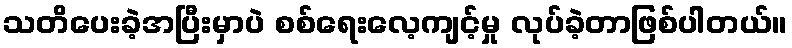
သတိပေးခဲ့အပြီးမှာပဲ စစ်ရေးလေ့ကျင့်မှု လုပ်ခဲ့တာဖြစ်ပါတယ်။